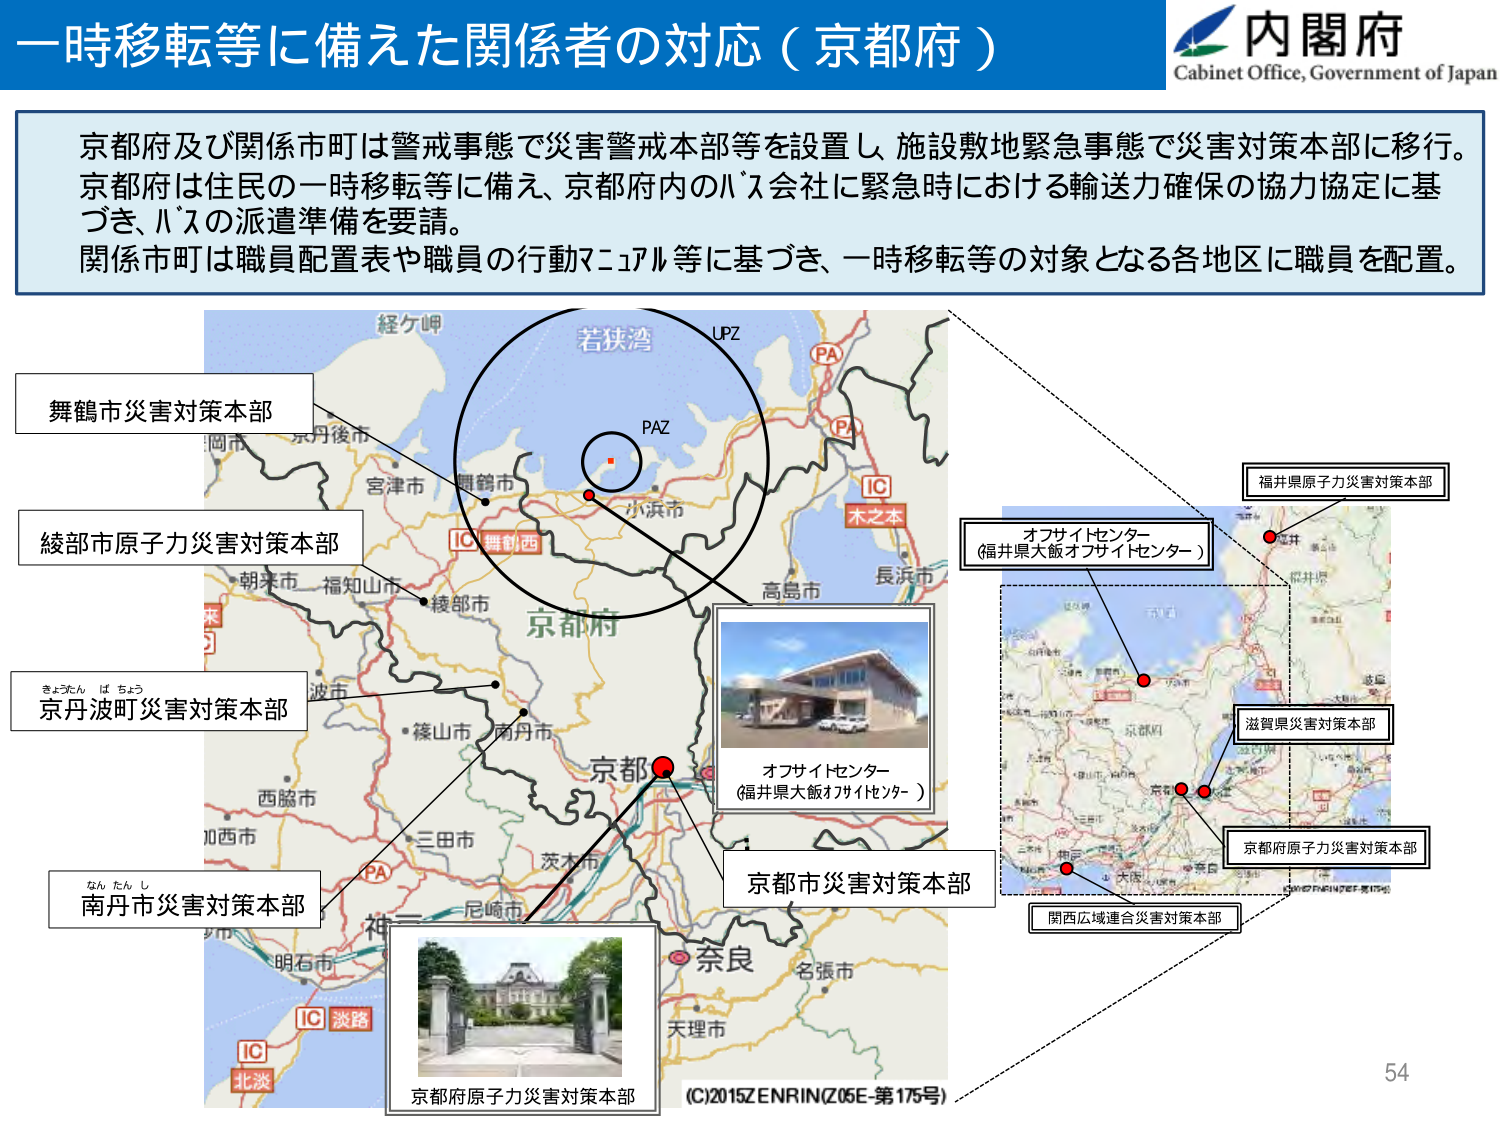
一時移転等に備えた関係者の対応（京都府）

内閣府
Cabinet Office, Government of Japan

京都府及び関係市町は警戒事態で災害警戒本部等を設置し、施設敷地緊急事態で災害対策本部に移行。
京都府は住民の一時移転等に備え、京都府内のバス会社に緊急時における輸送力確保の協力協定に基づき、バスの派遣準備を要請。
関係市町は職員配置表や職員の行動マニュアル等に基づき、一時移転等の対象となる各地区に職員を配置。

舞鶴市災害対策本部
綾部市原子力災害対策本部
きょうたん ば ちょう
京丹波町災害対策本部
なん たん し
南丹市災害対策本部
京都市災害対策本部
オフサイトセンター
（福井県大飯オフサイトセンター）
京都府原子力災害対策本部
オフサイトセンター
（福井県大飯オフサイトセンター）
福井県原子力災害対策本部
滋賀県災害対策本部
京都府原子力災害対策本部
関西広域連合災害対策本部

経ヶ岬
若狭湾
UPZ
PAZ
PA
IC
木之本
長浜市
高島市
小浜市
舞鶴市
宮津市
京丹後市
朝来市
福知山市
綾部市
波多
篠山市
南丹市
京都
三田市
茨木市
尼崎市
奈良
名張市
天理市
明石市
IC 淡路
IC 北淡
（C）2015 ZENRIN（Z06E-第175号）

54